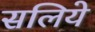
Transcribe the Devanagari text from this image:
सलिये